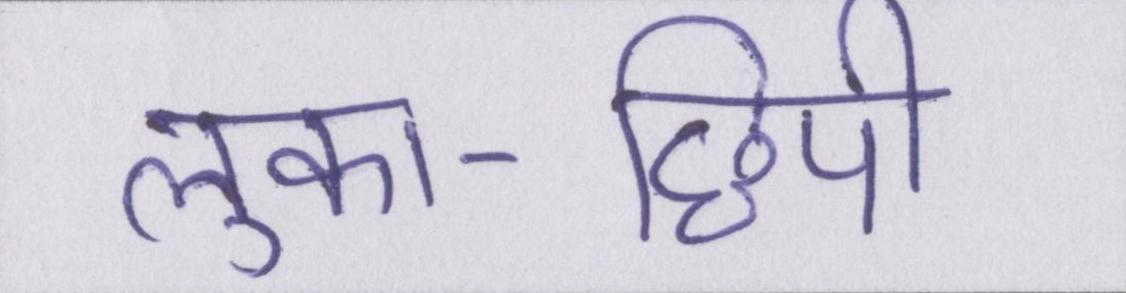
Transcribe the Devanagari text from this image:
लुका-छिपी